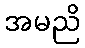
အမညိ